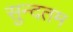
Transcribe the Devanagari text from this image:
सुन्दतम